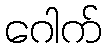
ဂေါက်